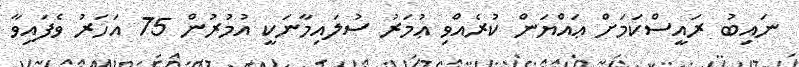
ނައިބު ރައީސްކަމަށް ޢައްޔަން ކުރެއްވި ޢުމަރު ސުލައިމާނަކީ އުމުރުން 75 އަހަރު ވެފައިވާ